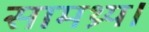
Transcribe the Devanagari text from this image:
सामथ्र्य।